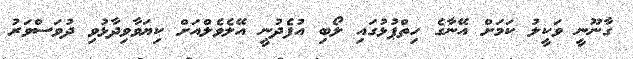
ގާނޫނީ ވަކީލު ކަމަށް އޭނާގެ ހިތްޕުޅުގައި ލޯބި އުފެދުނީ އޭލެވެލްއަށް ކިޔަވާވިދާޅުވި ދުވަސްވަރު